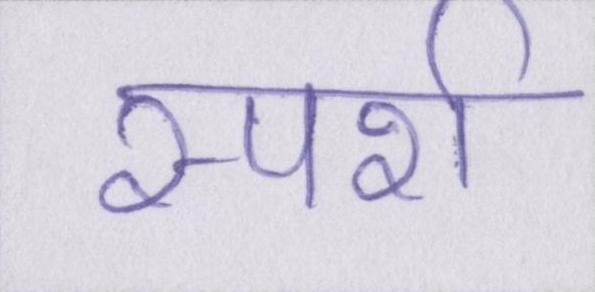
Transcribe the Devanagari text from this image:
स्पर्श